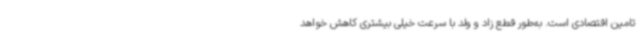
تامین اقتصادی است. به‌طور قطع زاد و ولد با سرعت خیلی بیشتری کاهش خواهد